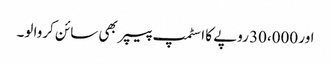
اور 30،000 روپے کا اسٹمپ پیپر بھی سائن کروا لو۔